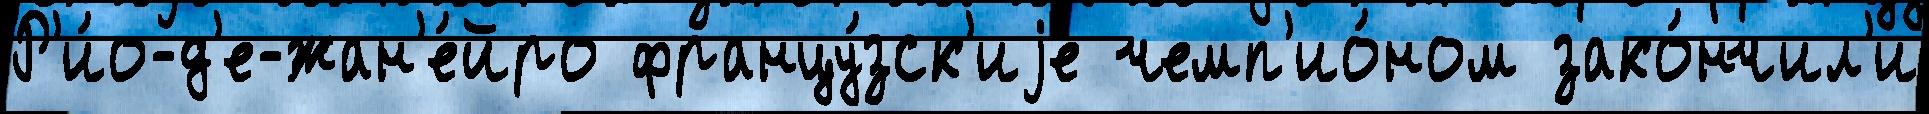
Р'и́о-д'е-жан'е́йро францу́зск'иjе чемп'ио́ном зако́нчил'и